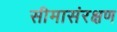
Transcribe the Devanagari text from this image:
सीमासंरक्षण